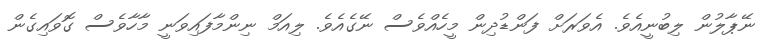
ނޭޕާލުން ލިބުނީއެވެ. އެވަރަށް ފަންޑުދިން މީހެއްވެސް ނޭގެއެވެ. ލިއަމް ނިންމާފައިވަނީ މާހާވެސް ގޮވައިގެން